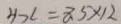
H x = 8 . 5 \times 1 2